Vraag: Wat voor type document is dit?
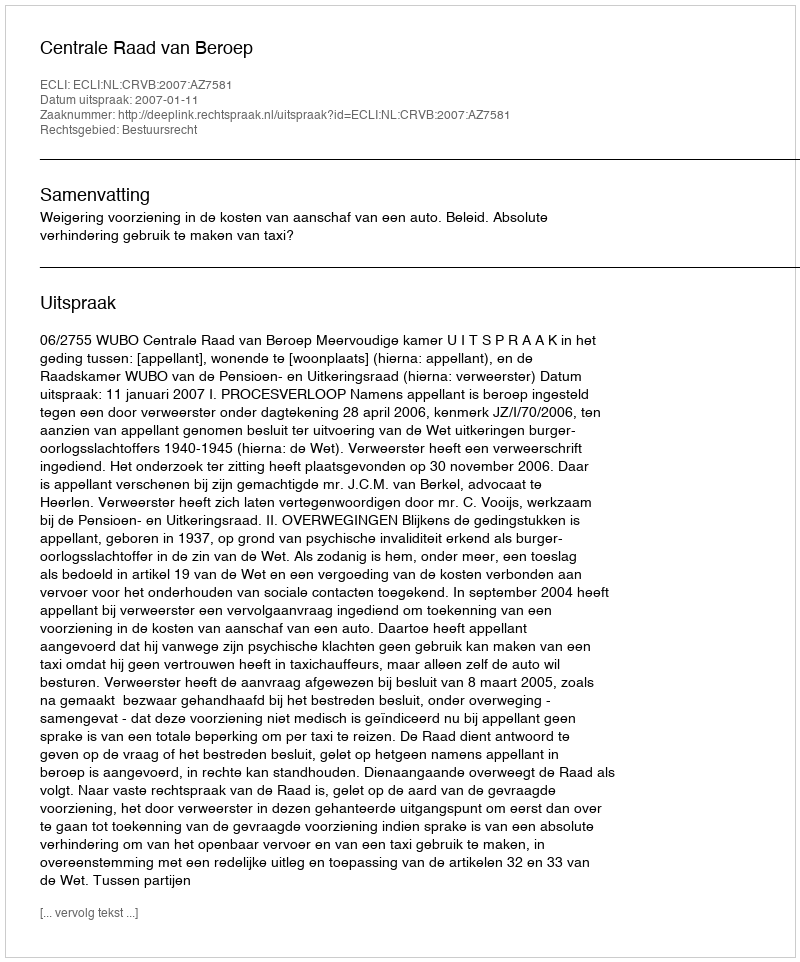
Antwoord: Uitspraak